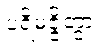
ပရိမဇ္ဇိတွာ